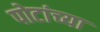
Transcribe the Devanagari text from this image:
पोटांच्या